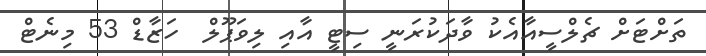
ތަށްޓަށް ޗެލްސީއާއެކު ވާދަކުރަނީ ސިޓީ އާއި ލިވަޕޫލް  ހަޒާޑް 53 މިނެޓް